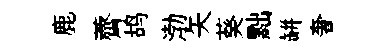
鹿薺鸪渤矢葵黜缾奢